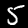
Label: 5